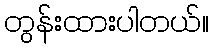
တွန်းထားပါတယ်။